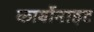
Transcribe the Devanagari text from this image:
कार्बोनाइट